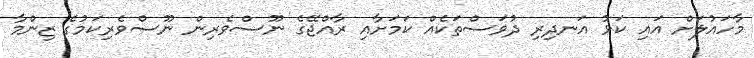
މާހައުލަށް އައި ކަޅު އަނދިރި ދުވަސްތަކެއް ކަމަށާއި ރާއްޖޭގެ ނޫސްވެރިން ނޫސްވެރިކަމުގެ ޒިންމާ